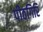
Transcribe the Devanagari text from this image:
पीठगिरि